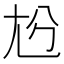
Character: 𡯔